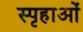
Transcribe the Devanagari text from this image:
स्पृहाओं